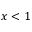
x < 1